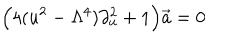
\Big ( 4 ( u ^ { 2 } - \Lambda ^ { 4 } ) \partial _ { u } ^ { 2 } + 1 \Big ) \vec { a } = 0